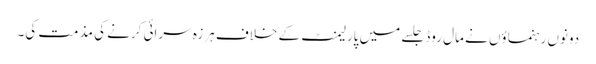
دونوں رہنماؤں نے مال روڈ جلسے میں پارلیمنٹ کے خلاف ہرزہ سرائی کرنے کی مذمت کی۔